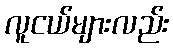
လူငယ်များလည်း